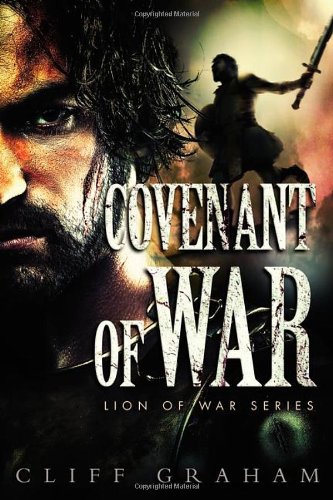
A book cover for Covenant of War (Lion of War Series); Cliff Graham; Literature & Fiction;